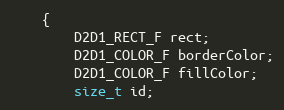
Language: C
    {
        D2D1_RECT_F rect;
        D2D1_COLOR_F borderColor;
        D2D1_COLOR_F fillColor;
        size_t id;